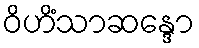
ဝိဟိံသာဆန္ဒော